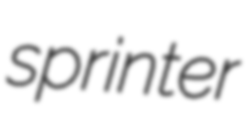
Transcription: sprinter